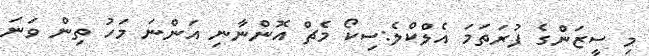
މި ސީޒަންގެ ފުރަތަމަ އެލްކްލެ:ސިކޯ މެޗް އޮންނާނި އަންނަ މަހު ތިން ވަނަ